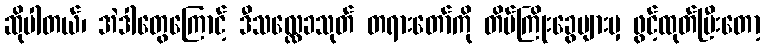
ဆိုပါတယ်၊ အဲဒါတွေကြောင့် ဒီသလ္လေခသုတ် တရားတော်ကို တိပ်ကြိုးခွေများမှ ဖွင့်ထုတ်ပြီးတော့